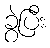
ခွဲပြီး